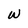
Character: w